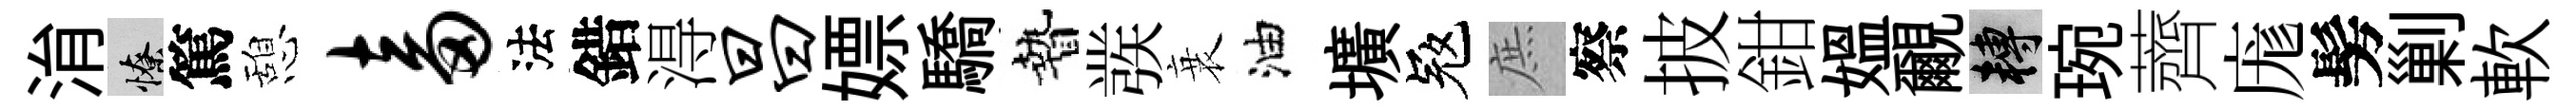
㳙憭篤憩畜法錯淂昌嫖驕贄彂衰油壙冦庶察披鉗媪覼轉琬薺庬髣剿軟